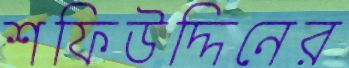
শফিউদ্দিনের